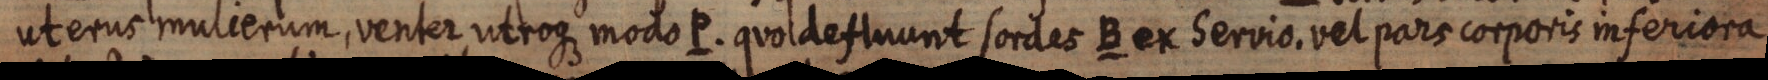
uterus mulierum, venter utroque modo P. quo defluunt sordes B ex Servio vel pars corporis inferiora